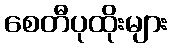
စေတီပုထိုးများ